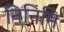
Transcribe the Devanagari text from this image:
निनिमि